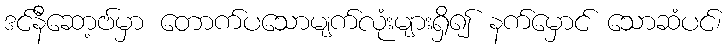
ဒင်နီဆော့ဗ်မှာ တောက်ပသောမျက်လုံးများရှိ၍ နက်မှောင် သောဆံပင်၊